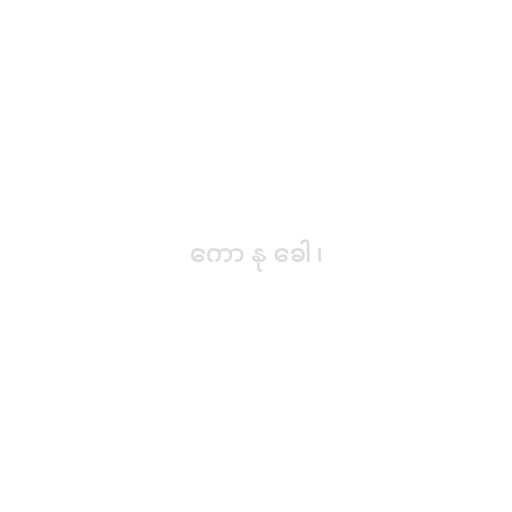
ကော နု ခေါ ၊